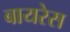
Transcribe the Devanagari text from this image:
बायरेस